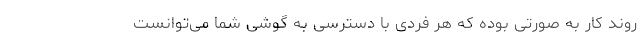
روند کار به صورتی بوده که هر فردی با دسترسی به گوشی شما می‌توانست